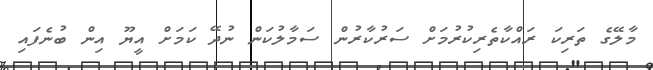
މާލޭގެ ތަރިކަ ރައްކާތެރިކުރުމަށް ސަރުކާރުން ސަމާލުކަން ނުދޭ ކަމަށް އީޔޫ އިން ބުނެފައި